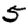
Digit: 5